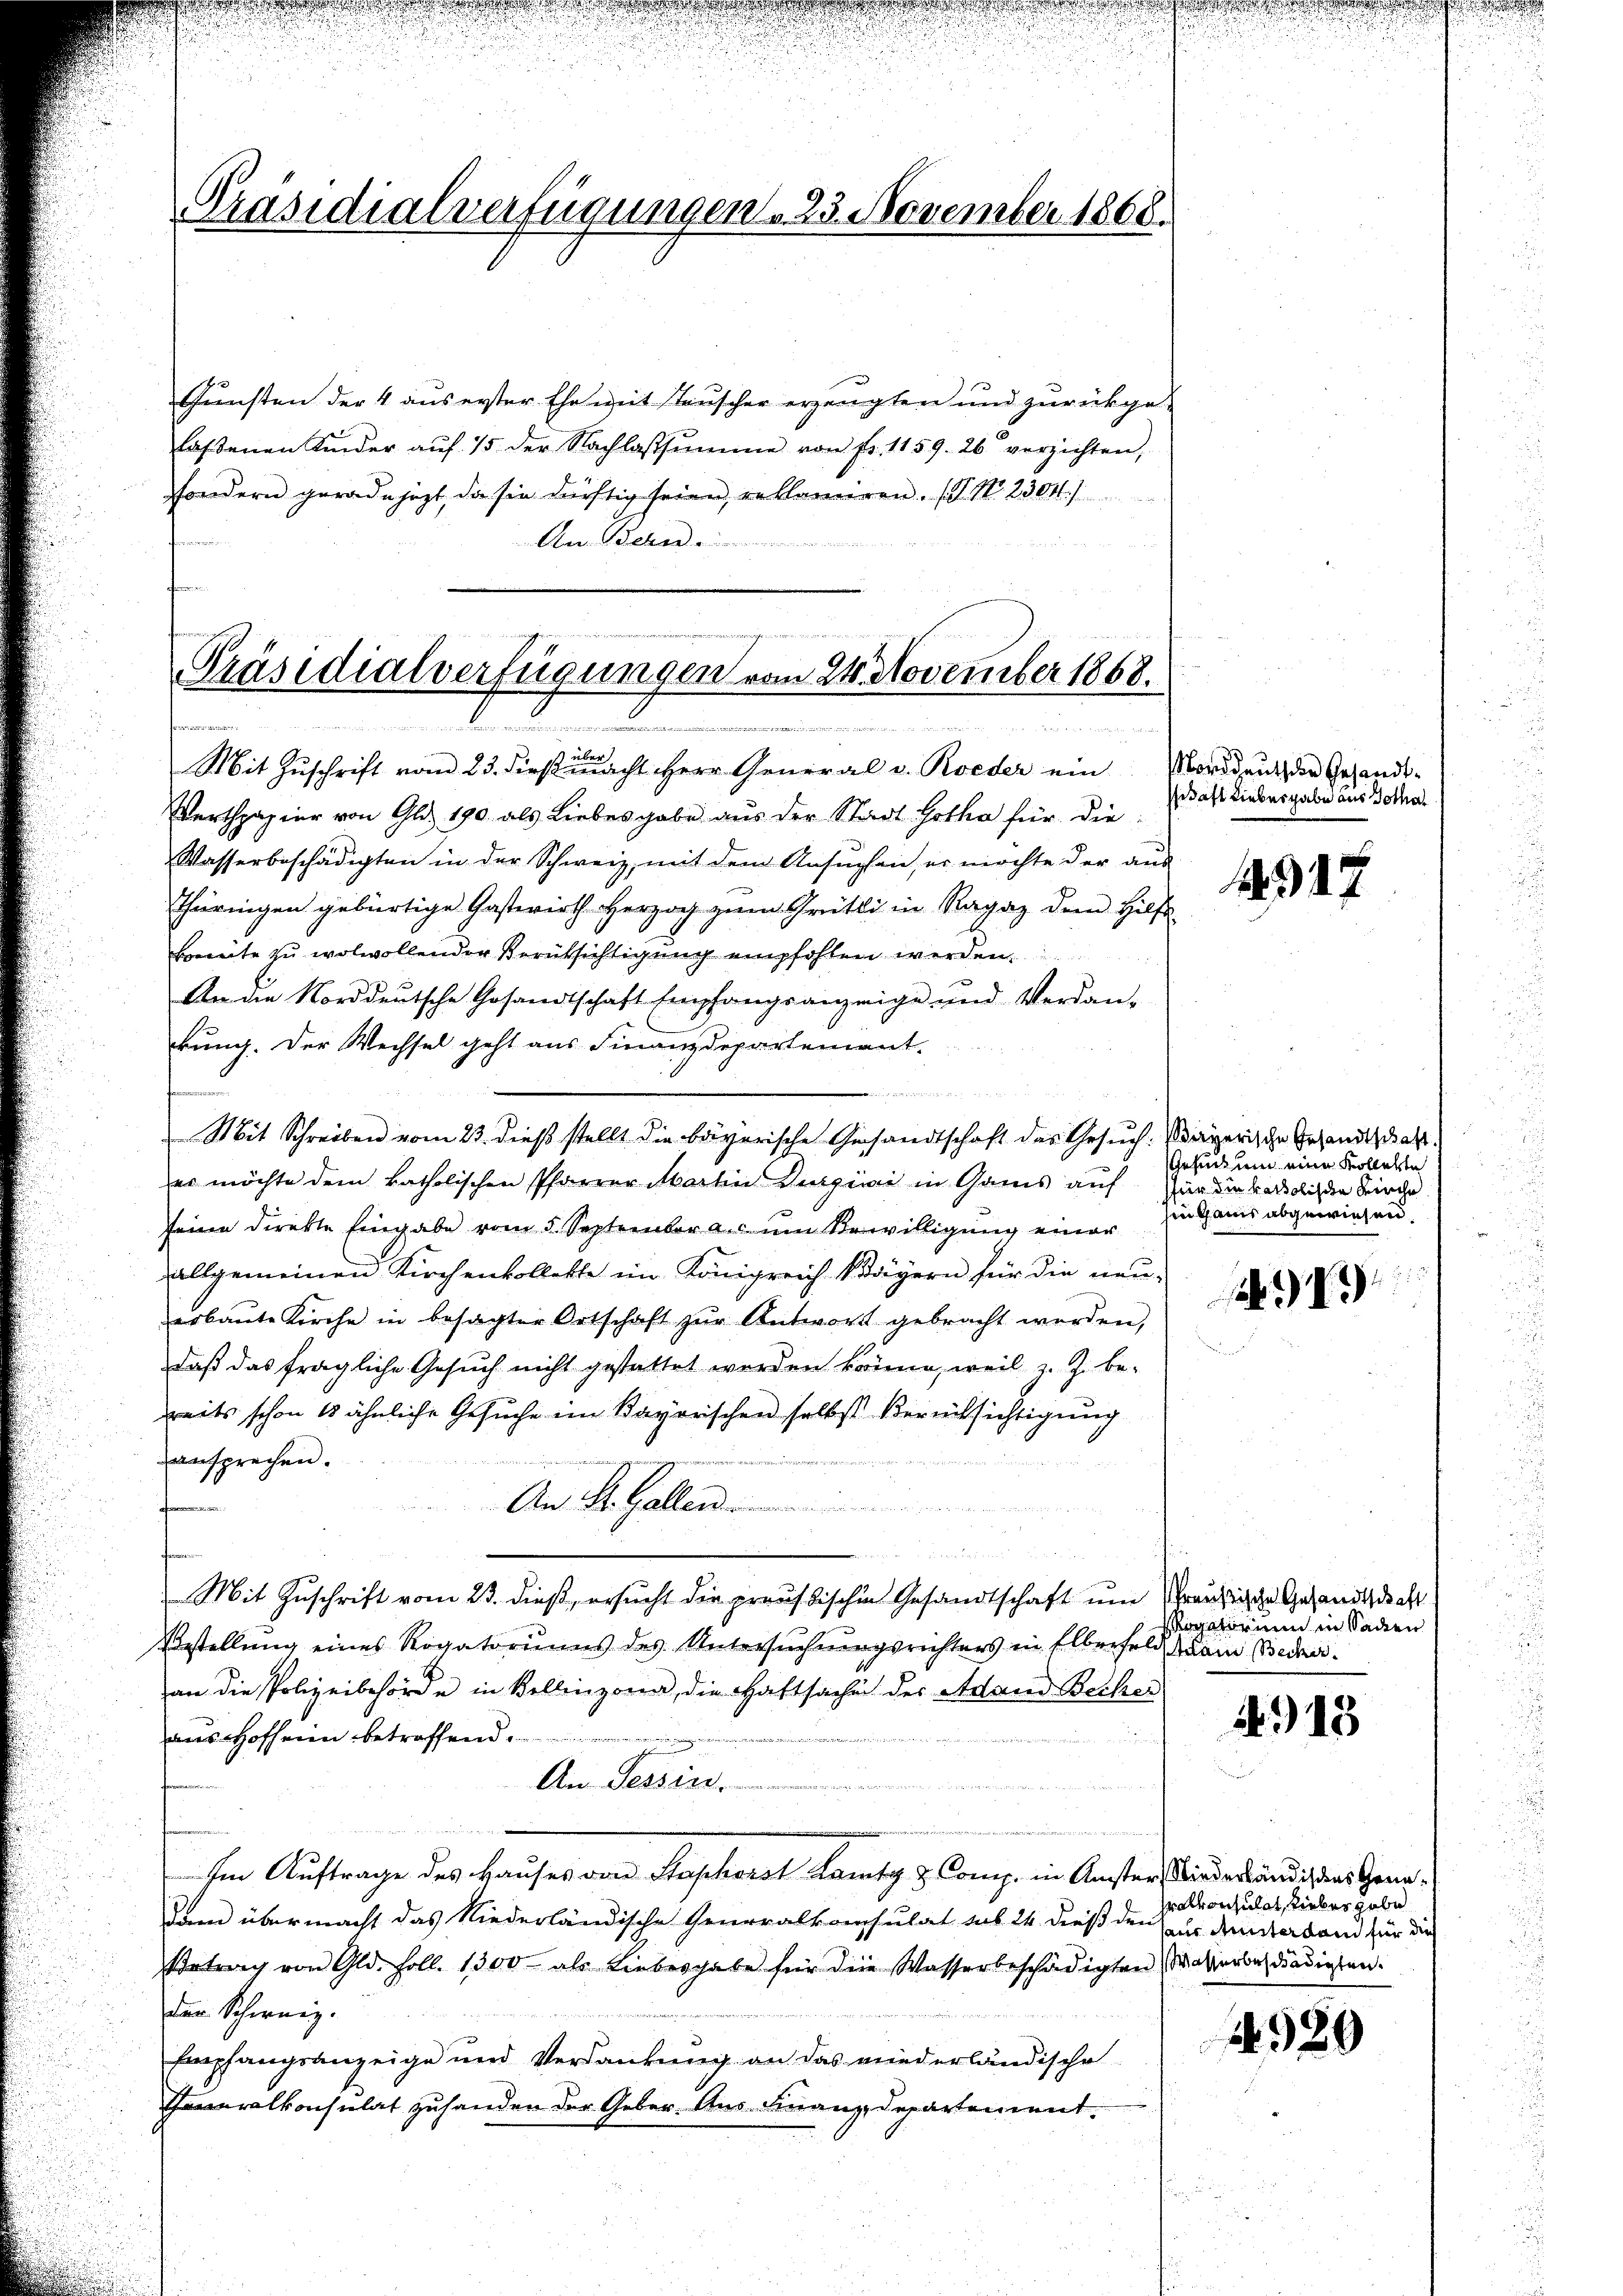
Präsidialverfügungen . 23. November 1868.

Gunsten der 4 aus erster Ehe mit Tauscher erzeugten und zurückgelaßenen Kinder aŭf 15 der Nachlassumme von fr. 1159. 26 verzichten,
sondern gerade jezt, da sie dürftig seien, reklamiren. (T. No. 2304.
An Behan
famen

Präsidialverfügungen vom 24. November 1868.
f neue
unenden werden ge

brig
Mit Zŭschrift vom 23. dieβmacht Herr General v. Roeder ein Norddrŭch der Gesandt-
Werthpapier von Gli 190. als Liebes gabe aus der Stadt Gotha für die
Wasserbeschädigten in der Schweiz, mit dem Ansuchen, er möchte der aus
Thüringen gebürtige Gastwirth Herzog zum Grütli in Ragaz dem Hilf
Boweite zu wolwollender Berüksichtigung empfohlen werden.
An die Norddeutsche Gesandtschaft Empfangsanzeige und Verdan-
kung. Der Wechsel geht aus Finanzdepartement.
er möchte dem katholischen Pfarrer Martin Digiwie in Gams auf
seine Direkte Eingabe vom 5. September a. um Bewilligung einer
allgemeinen Kirchenkollette im Königreich klägern für die neuerbaŭte Kirche in besagter Ortschaft zŭr Antwort gebracht werden,
daß das fragliche Gesuch nicht gestattet werden könne, weil z. Z. bereits schon 1 ähnliche Gesuche im Kayorischen selbst Berücksichtigung
ansprechen.
1
An St. Gallen ............
u
Mit Zuschrift vom 23. dieß, ersucht die preussischen Gesandtschaft um ruhigen Gesandtschaft
Bestellung eines Rogatoriums des Untersuchungsrichters in Elberfeld am Becker.
an die Polizeibehörde in Bellinzona, die Haftsachen der Adand Becker
aus Hofheien betreffend
An Tessin.
u
Im Auftrage des Hauses von Stashort Lantz & Comp. in Ansters biederständig das Gene¬
Dem übermacht das Niederländische Generalkonsulat sub 24 dieß den zur denkerband für die
Betrag von Gld. Foll. 1300 als Liebesgabe für die Wasserbeschädigten Wasserbadädigten.
den Schweiz.
Empfangsanzeige und Verdankung an das niederländische
neralkonsulat zuhanden der Geber. Aus Finanz-Departement¬

u
Mit Schreiben vom 23. dieß stellt die bayerische Gesandtschaft des Gesuch. Payerische Gesandtschaft.

daft Liebergabe aus Gotha

.
n

7

Gesuch um eine Kollekte
für die katholische Kirche
sinhaus abgewiesen.

igatorium in Sachen

4913

ralkonsulat, Lieber gabe

1989